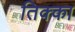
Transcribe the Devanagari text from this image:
तिक्का